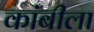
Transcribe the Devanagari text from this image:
कांबीला